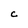
Character: c